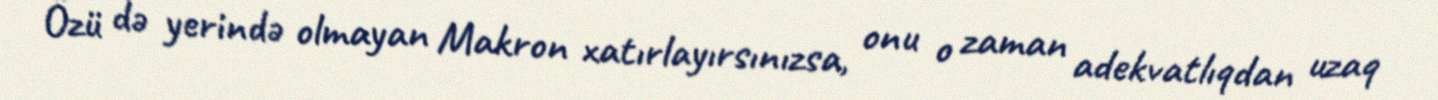
Özü də yerində olmayan Makron xatırlayırsınızsa, onu o zaman adekvatlıqdan uzaq